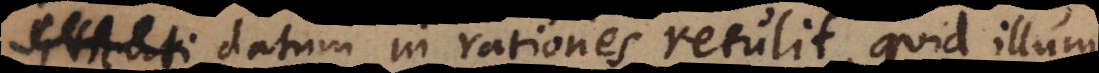
datum in rationes retulit, quid illum